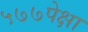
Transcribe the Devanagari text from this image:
५७७पेक्षा